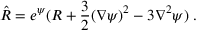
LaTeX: \hat { R } = e ^ { \psi } ( R + \frac { 3 } { 2 } ( \nabla \psi ) ^ { 2 } - 3 \nabla ^ { 2 } \psi ) \; .